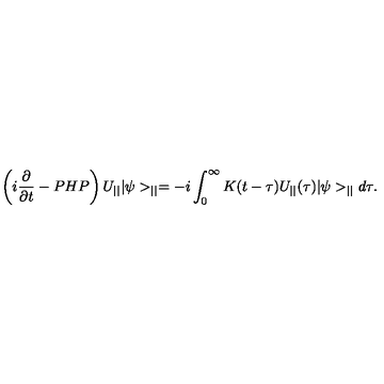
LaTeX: \left( i \frac { \partial } { \partial t } - P H P \right) U _ { | | } | \psi > _ { | | } = - i \int _ { 0 } ^ { \infty } K ( t - \tau ) U _ { | | } ( \tau ) | \psi > _ { | | } d \tau .